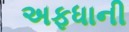
અફધાની